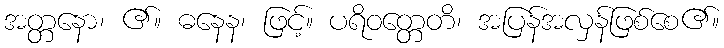
အတ္တနော၊ ၏။ ဓနေန၊ ဖြင့်။ ပရိဝတ္တေတိ၊ အပြန်အလှန်ဖြစ်စေ၏။